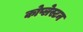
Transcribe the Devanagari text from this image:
कोप्लेस्टन